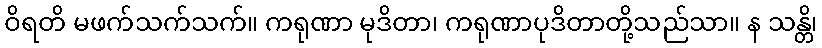
ဝိရတိ မဖက်သက်သက်။ ကရုဏာ မုဒိတာ၊ ကရုဏာပုဒိတာတို့သည်သာ။ န သန္တိ၊